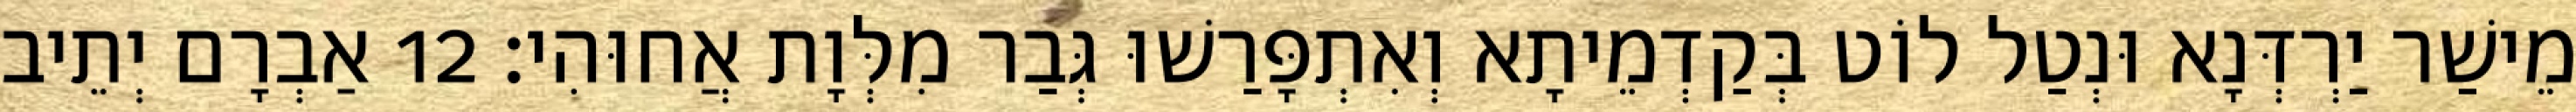
מֵישַׁר יַרְדְּנָא וּנְטַל לוֹט בְּקַדְמֵיתָא וְאִתְפָּרַשׁוּ גְּבַר מִלְּוָת אֲחוּהִי׃ 12 אַבְרָם יְתֵיב